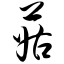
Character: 菇